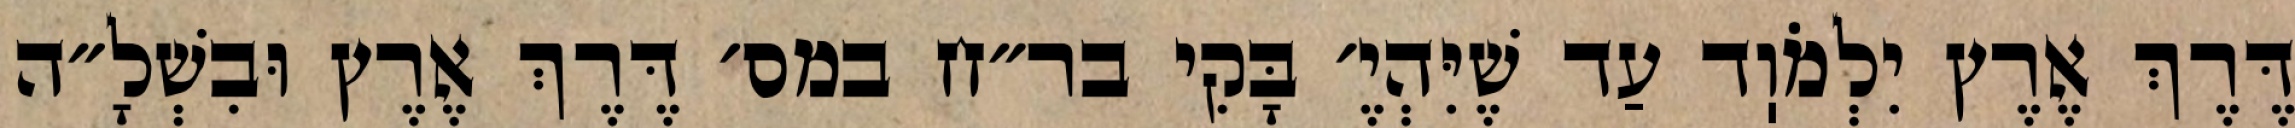
דֶּרֶךְ אֶרֶץ יִלְמֹוֽד עַד שֶׁיִּהְיֶ׳ בָּקִי בר״ח במס׳ דֶּרֶךְ אֶרֶץ וּבִשְׁלָ״ה